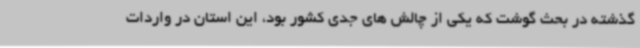
گذشته در بحث گوشت که یکی از چالش های جدی کشور بود، این استان در واردات